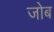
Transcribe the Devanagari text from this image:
जोब